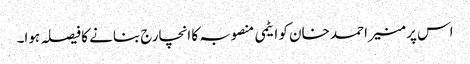
اس پر منیر احمد خان کو ایٹمی منصوبہ کا انچارج بنانے کا فیصلہ ہوا۔